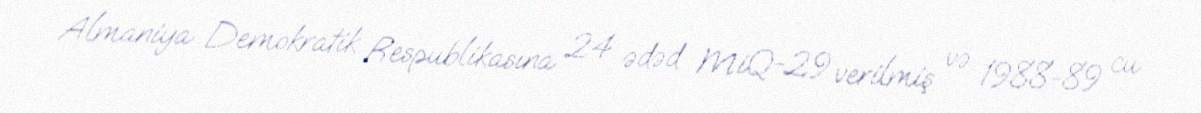
Almaniya Demokratik Respublikasına 24 ədəd MiQ-29 verilmiş və 1988-89 cu